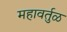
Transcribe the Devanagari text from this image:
महावर्तुळ